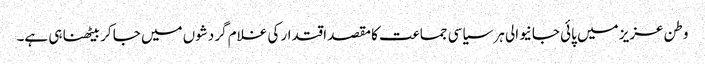
وطن عزیز میں پائی جانیوالی ہر سیاسی جماعت کا مقصد اقتدار کی غلام گردشوں میں جا کر بیٹھنا ہی ہے۔